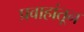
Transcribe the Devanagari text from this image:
प्रवाहांतून